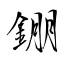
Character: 錋